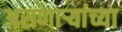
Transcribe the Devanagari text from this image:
असणाऱ्यांच्या